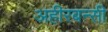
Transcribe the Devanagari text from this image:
अहीरबन्सी